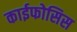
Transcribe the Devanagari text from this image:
काईफोसिस